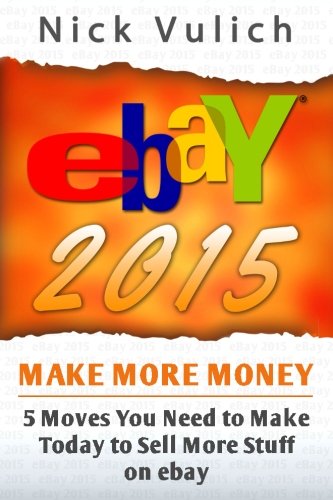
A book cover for eBay 2015: 5 Moves You Need to Make Today to Sell More Stuff on eBay (eBay Selling Made Easy); Nick Vulich; Computers & Technology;